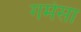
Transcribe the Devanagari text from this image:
गमेसा